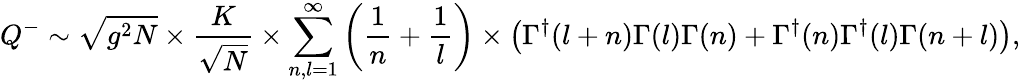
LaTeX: Q^{-}\sim\sqrt{g^{2}N}\times\frac{K}{\sqrt{N}}\times\sum_{n,l=1}^{\infty}\left(\frac{1}{n}+\frac{1}{l}\right)\times\left(\Gamma^{\dagger}(l+n)\Gamma(l)\Gamma(n)+\Gamma^{\dagger}(n)\Gamma^{\dagger}(l)\Gamma(n+l)\right),